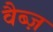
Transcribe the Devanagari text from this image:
वैब्ज़